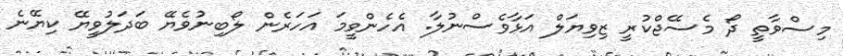
މިސްވާތީ ދޯ މެސެެޖްކުރީ ޒިވިޔަލް އަޅާވެސްނުލާ. އެހެންވީމަ އަހަރެން ލޯބިނުވެޔޭ ބަދަލުވީޔޭ ކިޔޭނެ